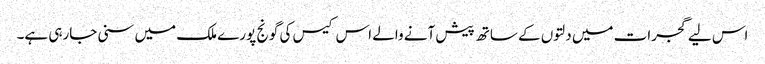
اس لیے گجرات میں دلتوں کے ساتھ پیش آنے والے اس کیس کی گونج پورے ملک میں سنی جارہی ہے۔